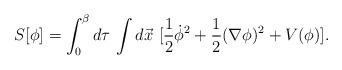
LaTeX: \begin{align*}S[\phi] = \int_0^{\beta} d\tau \,\int d\vec{x}\,\,[ \frac{1}{2} \dot{\phi}^2 +\frac{1}{2} ( \nabla \phi)^2+ V(\phi) ].\end{align*}